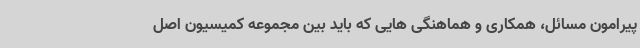
پیرامون مسائل، همکاری و هماهنگی هایی که باید بین مجموعه کمیسیون اصل